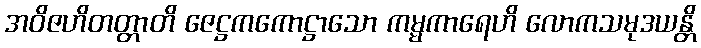
အဝိဇဟိတတ္တာတိ ဇေဋ္ဌကကောဋ္ဌာသော ကမ္မကာရေဟိ လောကသမုဒယန္တိ